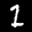
Label: 1